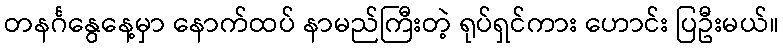
တနင်္ဂနွေနေ့မှာ နောက်ထပ် နာမည်ကြီးတဲ့ ရုပ်ရှင်ကား ဟောင်း ပြဦးမယ်။